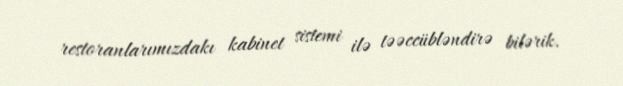
restoranlarımızdakı kabinet sistemi ilə təəccübləndirə bilərik.